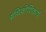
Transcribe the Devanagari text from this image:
ग्रंथिकोशिकाएँ